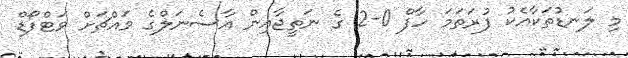
މި ލަނޑުތަކާއެކު ފުރަތަމަ ހާފް 0-2 ގެ ނަތީޖާއިން އާސެނަލްގެ މައްޗަށް ވަޓްފޯޑް